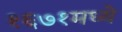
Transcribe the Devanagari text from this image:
१६७१मध्ये